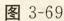
图3-69